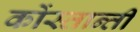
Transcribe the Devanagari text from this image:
कोंस्तान्तीं